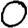
Digit: 0